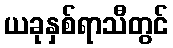
ယခုနှစ်ရာသီတွင်